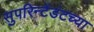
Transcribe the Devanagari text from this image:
सुपरिन्टेंडंटच्या